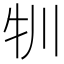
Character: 㸪